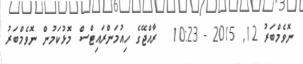
ނޮވެމްބަރު 12